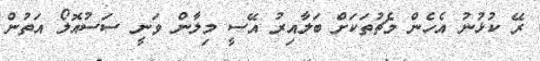
ރޭ ކުޅުނު އެހެން މެޗުތަކަށް ބަލާއިރު އޭސީ މިލާން ވަނީ ސަސުއޮލޯ އަތުން